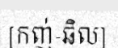
[កញ់-ឆិល]